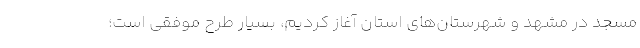
مسجد در مشهد و شهرستان‌های استان آغاز کردیم، بسیار طرح موفقی است؛